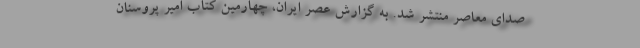
صدای معاصر منتشر شد. به گزارش عصر ایران، چهارمین کتاب امیر پروسنان